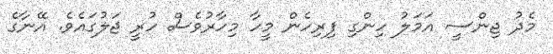
މެދު ޖިންސީ އަމަލު ހިންގި ފިރިހެން މީހާ މިހާރުވެސް ހުރީ ޖަލުގައެވެ. އޭނާގެ